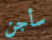
سأجن